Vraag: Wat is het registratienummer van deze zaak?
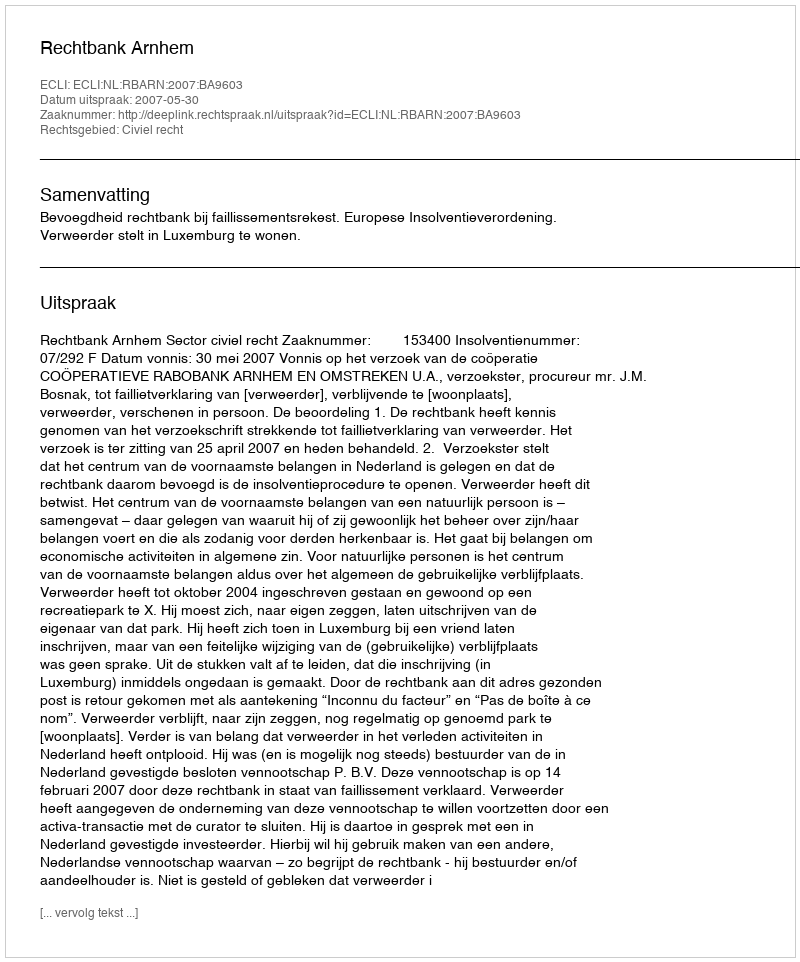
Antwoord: http://deeplink.rechtspraak.nl/uitspraak?id=ECLI:NL:RBARN:2007:BA9603